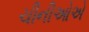
ચીનીઓએ